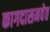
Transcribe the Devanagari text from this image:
कागदासमवेत